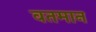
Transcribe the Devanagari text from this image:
वतमान